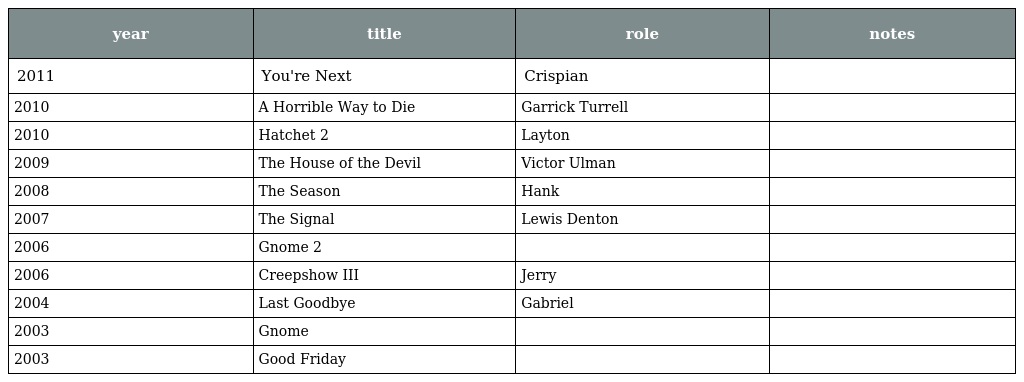
| year | title | role | notes |
 | --- | --- | --- | --- |
 | 2011 | You're Next | Crispian |  |
 | 2010 | A Horrible Way to Die | Garrick Turrell |  |
 | 2010 | Hatchet 2 | Layton |  |
 | 2009 | The House of the Devil | Victor Ulman |  |
 | 2008 | The Season | Hank |  |
 | 2007 | The Signal | Lewis Denton |  |
 | 2006 | Gnome 2 |  |  |
 | 2006 | Creepshow III | Jerry |  |
 | 2004 | Last Goodbye | Gabriel |  |
 | 2003 | Gnome |  |  |
 | 2003 | Good Friday |  |  |